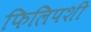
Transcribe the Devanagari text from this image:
फिलिपशी